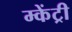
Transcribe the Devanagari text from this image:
म्केंट्री